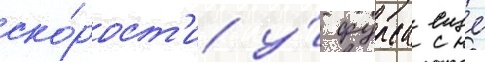
ско́рост'и у́ фурса еще